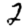
Digit: 2